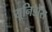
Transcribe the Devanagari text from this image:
यूनिडोस